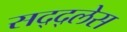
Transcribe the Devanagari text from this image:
सद्द्लेस